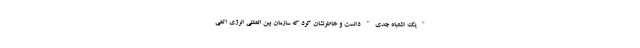
"یک اشتباه جدی" دانست و خاطرنشان کرد که سازمان بین المللی انرژی اتمی